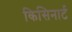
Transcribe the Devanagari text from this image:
किसिनार्ट